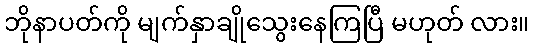
ဘိုနာပတ်ကို မျက်နှာချိုသွေးနေကြပြီ မဟုတ် လား။